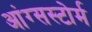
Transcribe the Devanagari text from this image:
आंग्सस्टोर्म